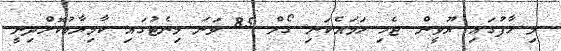
މި ހާފުގައި ޔޫވީން ޖެހި ހަމައެކަނި ގޯލް 85 ވަނަ މިނެޓުގައި ކާމިޔާބުކޮށްދިނީ